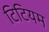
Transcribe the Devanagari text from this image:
टिटियम